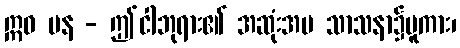
ဣဓ ပန - ဤငါဘုရား၏ အဆုံးအမ သာသနာ၌မူကား၊